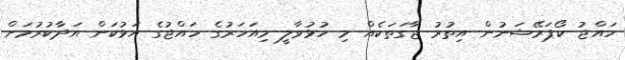
ހައްޖު ކޯޕަރޭޝަނުން އިތުރު ޖާގަތަކެއް މި ހުޅުވާލީ މިއަހަރުގެ ހައްޖުގެ އަޅުކަން އަދާކުރުމަށް